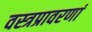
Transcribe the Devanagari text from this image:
वस्त्रप्रावरणां